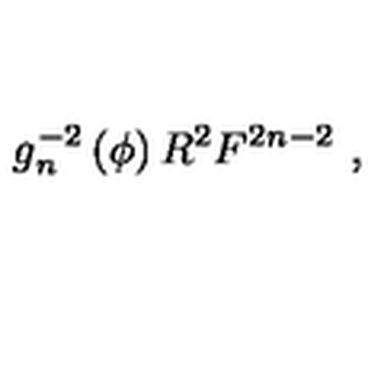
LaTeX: g _ { n } ^ { - 2 } \left( \phi \right) R ^ { 2 } F ^ { 2 n - 2 } \ ,